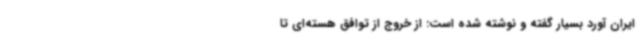
ایران آورد بسیار گفته و نوشته شده است: از خروج از توافق هسته‌ای تا